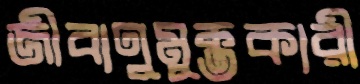
জীবাণুমুক্তকারী